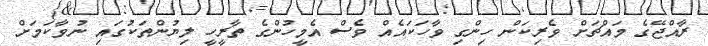
ރާއްޖޭގެ މައްޗަށް ވެރިކަން ހިންގި ވާހަކައެއް ވެސް އެމީހުންގެ ތާރީހީ ލިޔުންތަކުގައި ނުވާކަމަށް